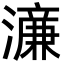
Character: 濓